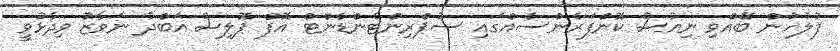
ފުލުހުން ބޭއްވި ނިއުސް ކޮންފަރެންސެއްގައި ސުޕްރިންޓެންޑެންޓް އޮފް ޕޮލިސް އަބްދު ނަވާޒު ވިދާޅުވީ